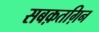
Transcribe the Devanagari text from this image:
सबक़तग़िन